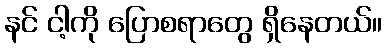
နင် ငါ့ကို ပြောစရာတွေ ရှိနေတယ်။